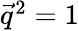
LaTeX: \begin{array}{r}{\vec{q}^{2}=1}\end{array}